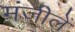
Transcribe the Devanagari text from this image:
मंजीलें